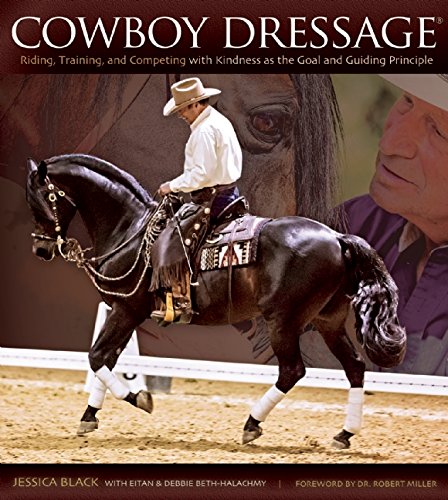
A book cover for Cowboy Dressage: Riding, Training, and Competing with Kindness as the Goal and Guiding Principle; Jessica Black; Crafts, Hobbies & Home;